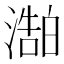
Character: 𬈻